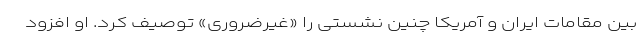
بین مقامات ایران و آمریکا چنین نشستی را «غیرضروری» توصیف کرد. او افزود